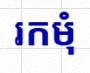
រកមុំ